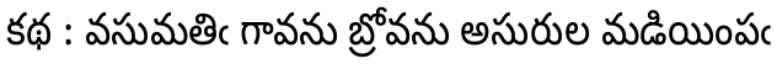
కథ : వసుమతిఁ గావను బ్రోవను అసురుల మడియింపఁ